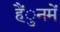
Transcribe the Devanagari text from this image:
हैंुनमें